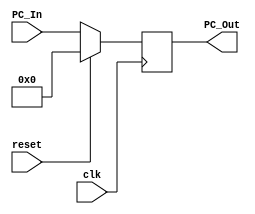
`timescale 1ns / 1ps
module Program_Counter(clk, reset, PC_In, PC_Out);
// inputs
input clk, reset;
input [63:0] PC_In;
// outputs
output reg [63:0] PC_Out;

always @ (posedge clk)
begin
if (reset == 1'b1)
    PC_Out <= 64'b0;
else 
    begin
    PC_Out <= PC_In;
    end
end
endmodule